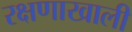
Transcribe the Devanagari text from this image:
रक्षणाखाली